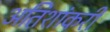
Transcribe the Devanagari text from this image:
अतिशांकरी